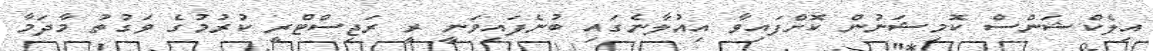
އިލެކްޝަންސް ކޮމިޝަނުން ކޮށްފައިވާ އިއުލާނެގައި ބުނެފައިވަނީ ރީ ރަޖިސްޓްރީ ކުރުމުގެ ވަގުތު މާދަމާ